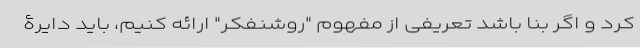
کرد و اگر بنا باشد تعریفی از مفهوم "روشنفکر" ارائه کنیم، باید دایرۀ